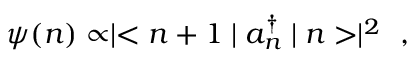
\psi ( n ) \propto \mid < n + 1 \mid a _ { n } ^ { \dag } \mid n > \mid ^ { 2 } \ \ ,